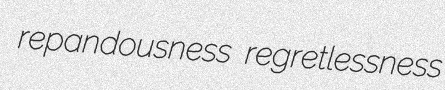
repandousness regretlessness